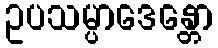
ဥပသမ္ပာဒေန္တော